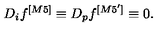
D _ { i } f ^ { [ M 5 ] } \equiv D _ { p } f ^ { [ M 5 ^ { \prime } ] } \equiv 0 .